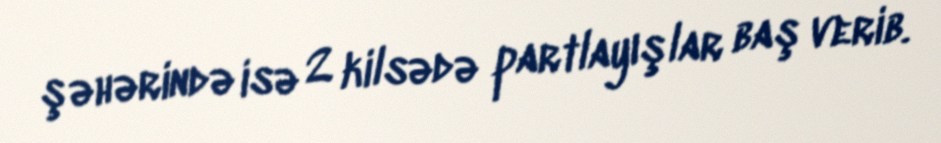
şəhərində isə 2 kilsədə partlayışlar baş verib.